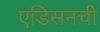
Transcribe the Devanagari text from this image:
एडिसनची